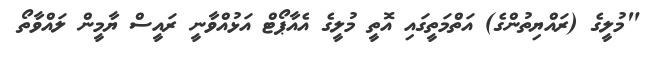
"މުލީގެ (ރައްޔިތުންގެ) އަތްމަތީގައި އޮތީ މުލީގެ އެއާޕޯޓް އަޅުއްވާނީ ރައީސް ޔާމީން ލައްވާތޯ